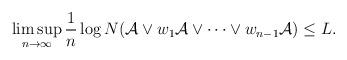
LaTeX: \begin{align*}&\limsup_{n\rightarrow\infty}\frac{1}{n}\log N(\mathcal{A}\vee w_{1}\mathcal{A}\vee \cdots\vee w_{n-1}\mathcal{A})\leq L.\end{align*}